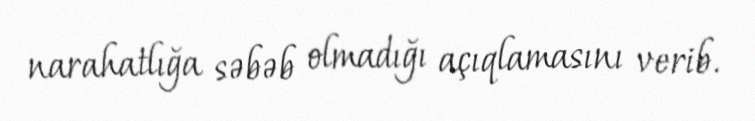
narahatlığa səbəb olmadığı açıqlamasını verib.